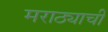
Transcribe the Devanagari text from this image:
मराठ्याची